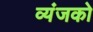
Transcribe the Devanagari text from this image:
व्यंजको